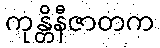
ကုန္တိနီဇာတက